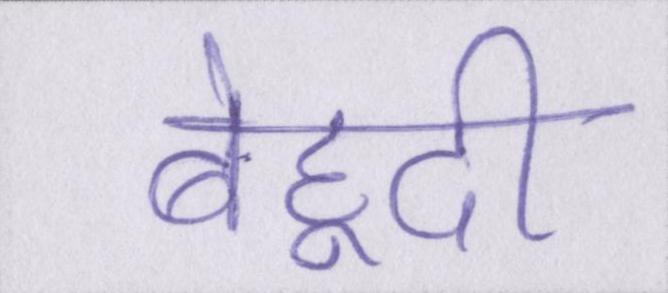
बेहूदी